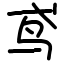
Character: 鸢